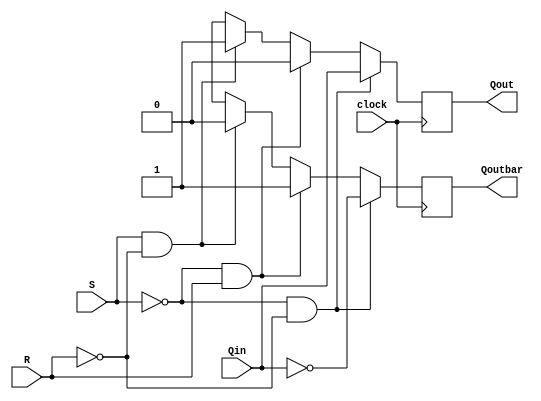

module rsff(input wire clock,
input wire R,
input wire S,
input wire Qin,
output reg Qout,
output reg Qoutbar);

always @ (posedge clock)
begin
if ((!S) &&(!R))
begin
Qout = Qin;
Qoutbar = (!Qin);
end
else if((!S) &&(R))
begin
Qout = 0;
Qoutbar = 1;
end
else if((S) &&(!R))
begin
Qout = 1;
Qoutbar = 0;
end
else
begin
Qout = 1'bx;
Qoutbar = 1'bx;
end
end
endmodule


module rsff_tb;
wire Qout, Qoutbar;
reg R, S, Qin, clock;
rsff m(clock,R,S,Qin,Qout,Qoutbar);


initial
begin
	$monitor("S=%b, R=%b, Qin=%b, Qout=%b, Qoutbar=%b\n",S,R,Qin,Qout,Qoutbar);
	clock=0;
	clock=1;
	S = 1'b0;
	R = 1'b0;
	Qin = 1'b0;
	clock=0;
	
	#5
	clock=1;
	S = 1'b0;
	R = 1'b0;
	Qin = 1'b1;
	clock=0;
	
	#5
	clock=1;
	S = 1'b0;
	R = 1'b1;
	Qin = 1'b0;
	clock=0;
	
	#5
	clock=1;
	S = 1'b0;
	R = 1'b1;
	Qin = 1'b1;
	clock=0;
	
	#5
	clock=1;
	S = 1'b1;
	R = 1'b0;
	Qin = 1'b0;
	clock=0;
	
	#5
	clock=1;
	S = 1'b1;
	R = 1'b0;
	Qin = 1'b1;
	clock=0;
	
	#5
	clock=1;
	S = 1'b1;
	R = 1'b1;
	Qin = 1'b0;
	clock=0;
	
	#5
	clock=1;
	S = 1'b1;
	R = 1'b1;
	Qin = 1'b1;
	clock=0;
end
endmodule